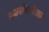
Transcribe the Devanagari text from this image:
रकस्रोतरोधन